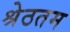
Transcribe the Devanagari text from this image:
श्रेठतम